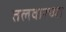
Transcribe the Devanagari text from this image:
तलवारच्या